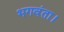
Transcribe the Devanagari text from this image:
भगवंता।